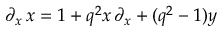
\partial _ { x } \, x = 1 + q ^ { 2 } x \, \partial _ { x } + ( q ^ { 2 } - 1 ) y \,